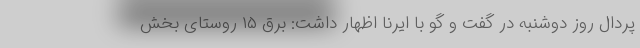
پردال روز دوشنبه در گفت و گو با ایرنا اظهار داشت: برق ۱۵ روستای بخش